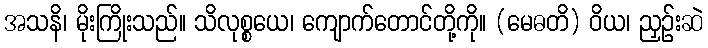
အသနိ၊ မိုးကြိုးသည်။ သိလုစ္စယေ၊ ကျောက်တောင်တို့ကို။ (မေဓတိ) ဝိယ၊ ညှဉ်းဆဲ